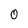
Character: 0